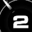
Digit: 2